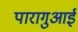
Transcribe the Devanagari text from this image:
पारागुआई